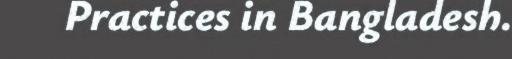
Practices in Bangladesh.